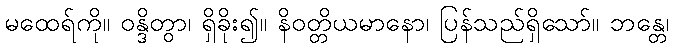
မထေရ်ကို။ ဝန္ဒိတွာ၊ ရှိခိုး၍။ နိဝတ္တိယမာနော၊ ပြန်သည်ရှိသော်။ ဘန္တေ၊